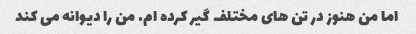
اما من هنوز در تن های مختلف گیر کرده ام. من را دیوانه می کند